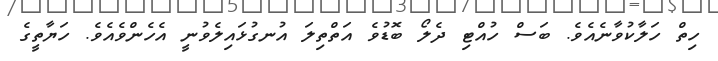
ހިތް ހަލާކުވާނެއެވެ. ބަސް ހުއްޓި ދެލޯ ބޮޑުވެ އަތްތިލަ އުނގުޅައިލެވުނީ އެހެންވެއެވެ. ހަޔާތީގެ